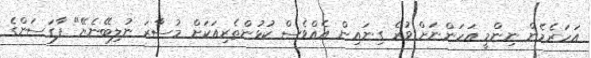
އަހަރެމެން ނިންމީ އަހަންނަށް ވުރެ ގިނައިން އެއްވެސް ކުޅުންތެރިއަކަށް މުސާރަ ނުލިބޭނެޔޭ" ފާގަސަންގެ